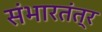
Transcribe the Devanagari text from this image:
संभारतंत्र